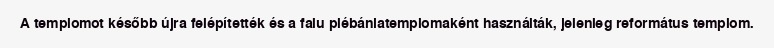
A templomot később újra felépítették és a falu plébániatemplomaként használták, jelenleg református templom.